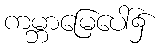
ကမ္ဘာမြေပေါ်၌